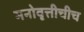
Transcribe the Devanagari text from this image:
मनोवृत्तीचीच